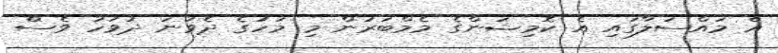
އެ މައްސަލާގައި އެ ކޮމިޝަންގެ މެމްބަރުން މި މަހުގެ ދެވަނަ ދުވަހު ވެސް